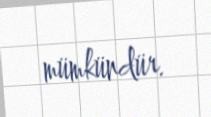
mümkündür.